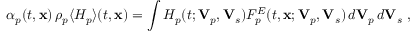
\alpha _ { p } ( t , \mathbf { x } ) \, \rho _ { p } \langle H _ { p } \rangle ( t , \mathbf { x } ) = \int H _ { p } ( t ; \mathbf { V } _ { p } , \mathbf { V } _ { s } ) F _ { p } ^ { E } ( t , \mathbf { x } ; \mathbf { V } _ { p } , \mathbf { V } _ { s } ) \, d \mathbf { V } _ { p } \, d \mathbf { V } _ { s } ~ ,